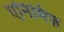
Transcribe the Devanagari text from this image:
एनिमिज़